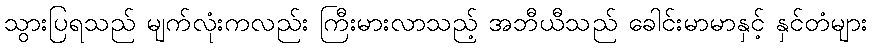
သွားပြရသည် မျက်လုံးကလည်း ကြီးမားလာသည့် အဘီယီသည် ခေါင်းမာမာနှင့် နှင်တံများ